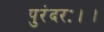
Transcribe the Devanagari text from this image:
पुरंदरः।।